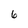
Character: 6